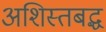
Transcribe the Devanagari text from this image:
अशिस्तबद्ध